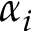
\alpha _ { i }